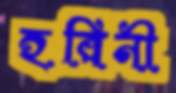
হরিনী